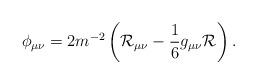
LaTeX: \begin{align*}\phi_{\mu\nu}=2m^{-2}\left(\mathcal{R}_{\mu\nu}-\frac{1}{6}g_{\mu\nu}\mathcal{R}\right).\end{align*}